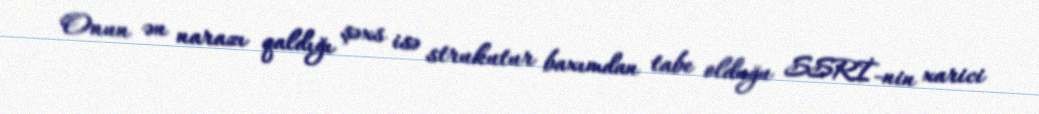
Onun ən narazı qaldığı şəxs isə strukutur baxımdan tabe olduğu SSRİ-nin xarici